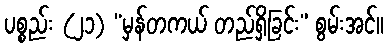
ပစ္စည်း (၂၁) “မှန်တကယ် တည်ရှိခြင်း” စွမ်းအင်။